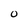
Character: 0